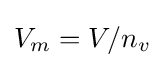
V_{m}=V/n_{v}